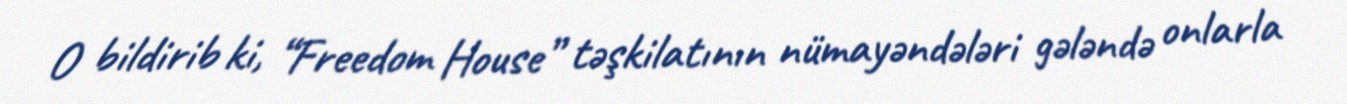
O bildirib ki, “Freedom House” təşkilatının nümayəndələri gələndə onlarla